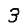
Digit: 3